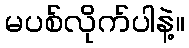
မပစ်လိုက်ပါနဲ့။